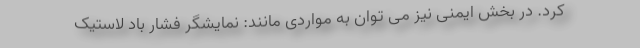
کرد. در بخش ایمنی نیز می توان به مواردی مانند: نمایشگر فشار باد لاستیک